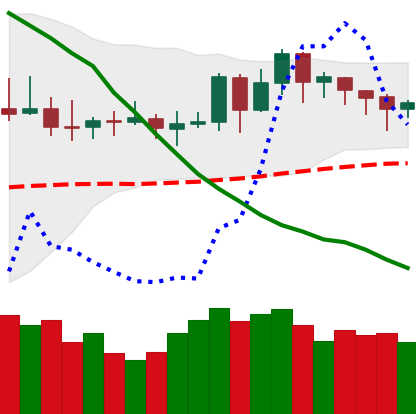
Ticker: DOGE-USD
Chart end date: 2019-11-16
Forward return: -9.104%
Label: down_7plus